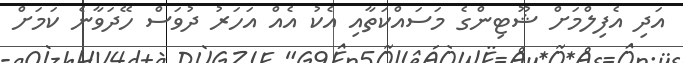
އަދި އެފިލްމަށް ޝޫޓިންގެ މަސައްކަތާއި އެކު އެއް އަހަރު ދުވަސް ހޭދަވާނެ ކަމަށް